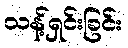
သန့်ရှင်းခြင်း